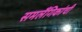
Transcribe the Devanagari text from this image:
समलैंगिकांची